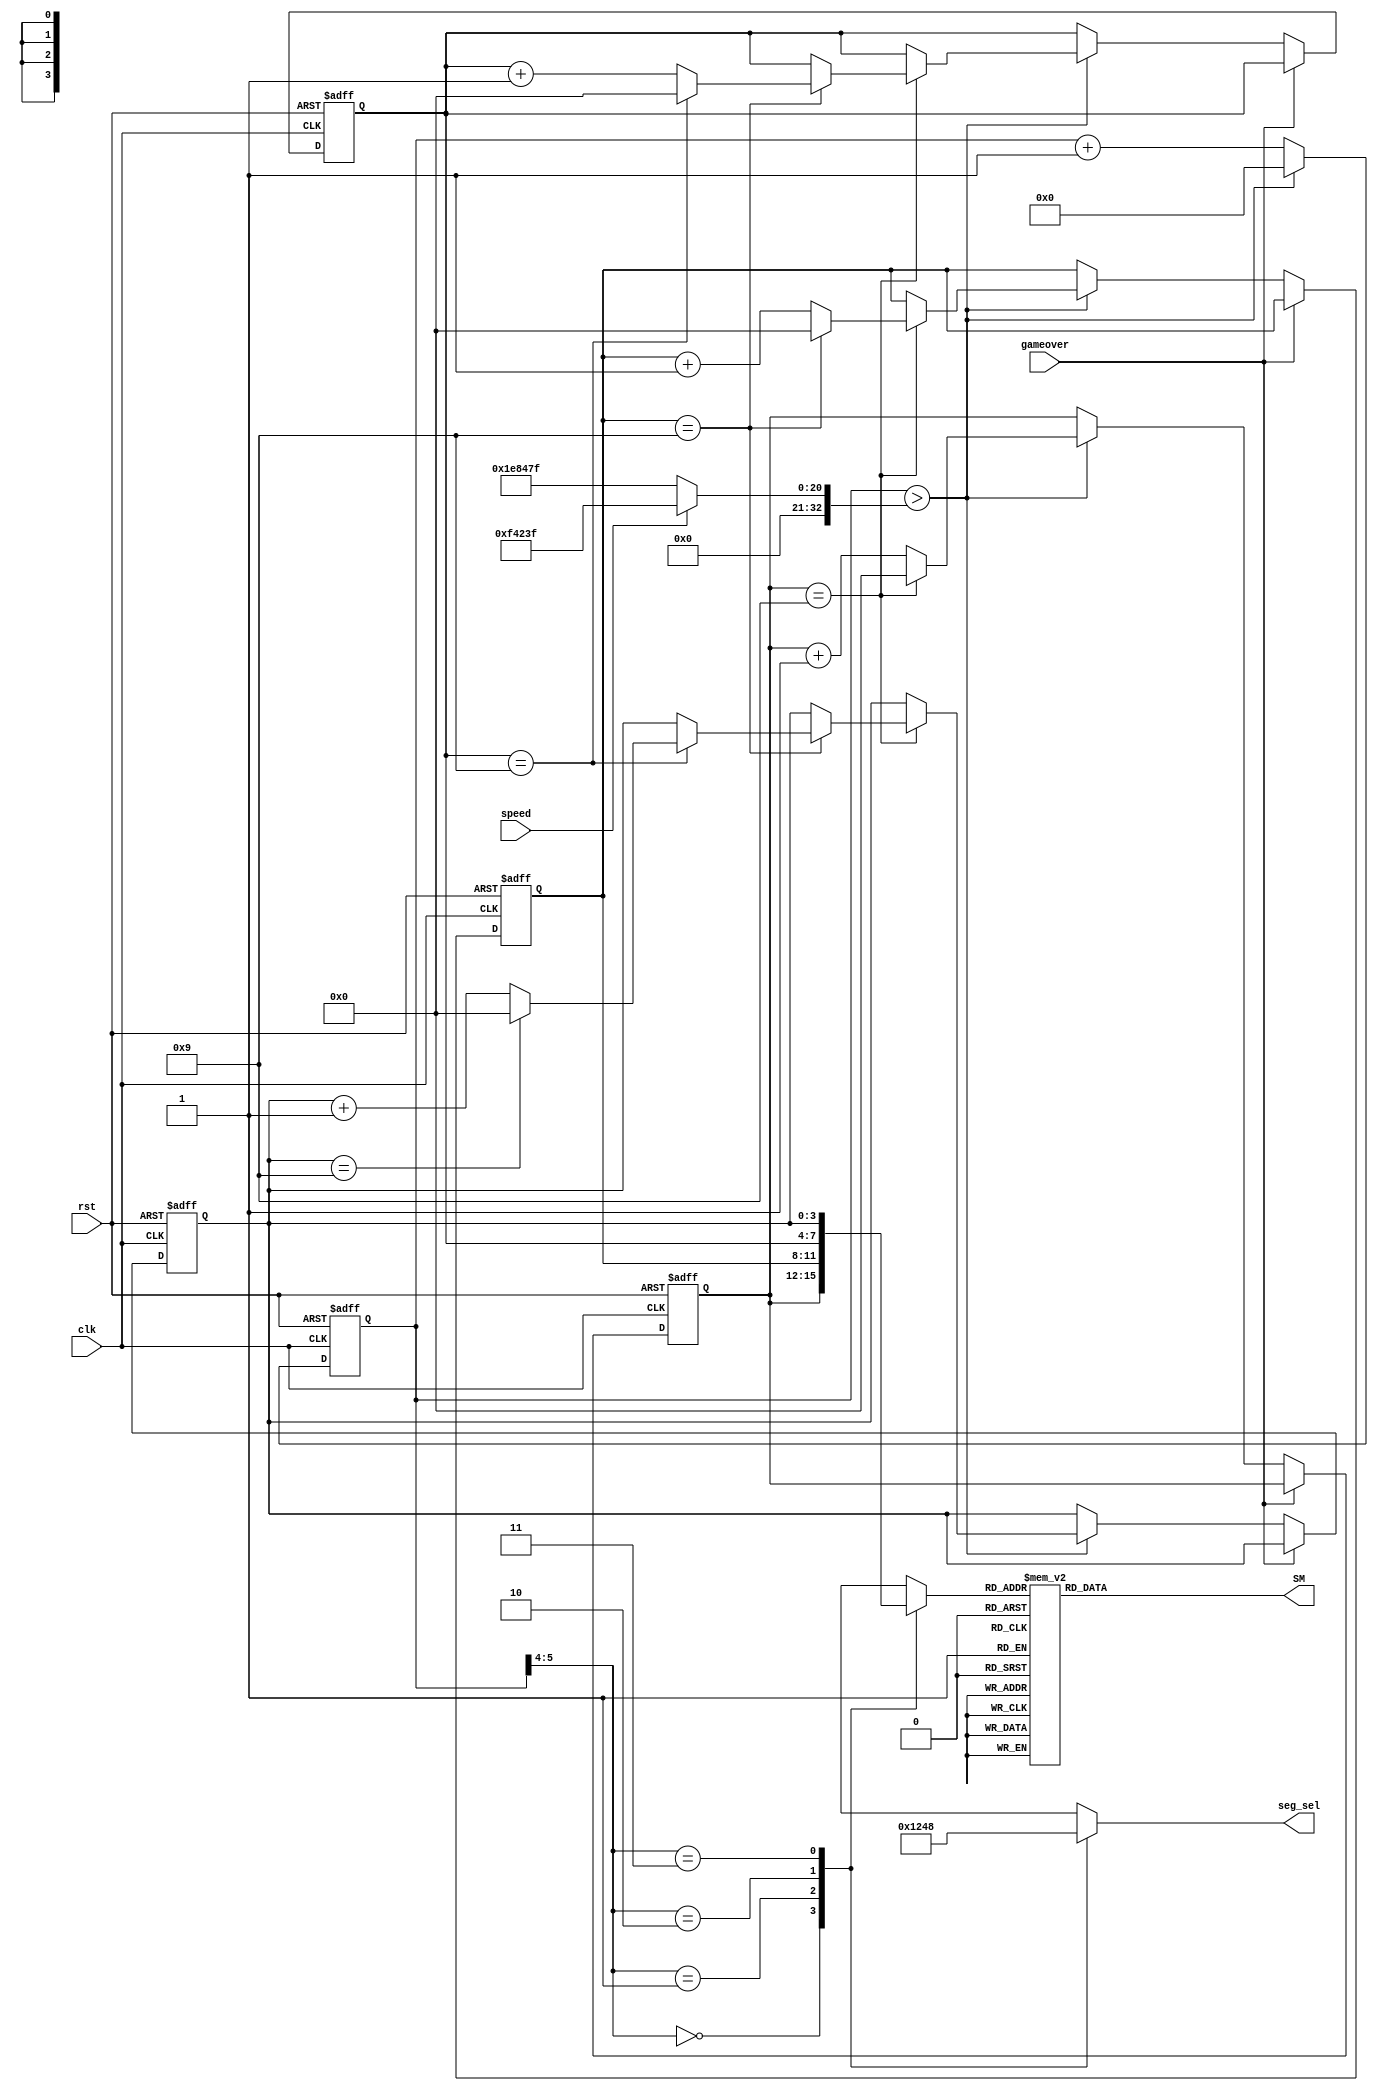
module score (
	input clk, gameover, rst, speed,
	
	output reg [3:0] seg_sel,
	output reg [7:0] SM
);

reg [32:0] time_cnt, time_max;
reg [3:0] sd1, sd2, sd3, sd4, disresult;

always @ (*) begin
	if (speed)
		time_max <= 32'd999999;
	else
		time_max <= 32'd1999999;
end

always @ (posedge clk or posedge rst) begin
	if (rst)
	begin
		sd1 <= 0;
		sd2 <= 0;
		sd3 <= 0;
		sd4 <= 0;
		time_cnt <= 0;
	end
	else if (~gameover)
	begin
		if (time_cnt > time_max)
		begin
			if (sd1 == 4'd9)
			begin
				sd1 <= 4'd0;
				if (sd2 == 4'd9)
				begin
					sd2 <= 4'd0;
					if (sd3 == 4'd9)
					begin
						sd3 <= 4'd0;
						if (sd4 == 4'd9)
							sd4 <= 0;
						else
							sd4 <= sd4 + 4'd1;
					end
					else
						sd3 <= sd3 + 4'd1;
				end
				else
					sd2 <= sd2 + 4'd1;
			end
			else
				sd1 <= sd1 + 4'd1;
			time_cnt <= 32'd0;
		end
		else
			time_cnt <= time_cnt + 32'd1;
	end
	else
	begin
		if (time_cnt > time_max)
			time_cnt <= 32'd0;
		else 
			time_cnt <= time_cnt + 32'd1;
	end
end

always @ (*) begin
	case (time_cnt[5:4])
		0:
		begin
			seg_sel <= 4'b0001;
			disresult <= sd1;
		end
		1:
		begin
			seg_sel <= 4'b0010;
			disresult <= sd2;
		end
		2:
		begin
			seg_sel <= 4'b0100;
			disresult <= sd3;
		end
		3:
		begin
			seg_sel <= 4'b1000;
			disresult <= sd4;
		end
	endcase
end

always @ (*) begin
	case (disresult)
		4'b0001:
			SM <= 8'b10011111;
		4'b0010:
			SM <= 8'b00100101;
		4'b0011:
			SM <= 8'b00001101;
		4'b1010:
			SM <= 8'b00010001;
			
		4'b0100:
			SM <= 8'b10011001;
		4'b0101:
			SM <= 8'b01001001;
		4'b0110:
			SM <= 8'b01000001;
		4'b1011:
			SM <= 8'b11000001;
			
		4'b0111:
			SM <= 8'b00011111;
		4'b1000:
			SM <= 8'b00000001;
		4'b1001:
			SM <= 8'b00001001;
		4'b1100:
			SM <= 8'b01100011;
			
		4'b0000:
			SM <= 8'b00000011;
		4'b1111:
			SM <= 8'b11111111;
		4'b1110:
			SM <= 8'b01100001;
		4'b1101:
			SM <= 8'b10000101;
	endcase
end

endmodule